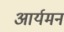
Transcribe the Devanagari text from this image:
आर्यमन